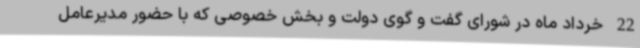
22 خرداد ماه در شورای گفت و گوی دولت و بخش خصوصی که با حضور مدیرعامل